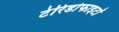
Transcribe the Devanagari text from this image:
टेरिडोफाइटों